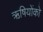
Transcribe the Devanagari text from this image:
ऋषियोंको